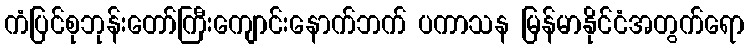
ကံပြင်စုဘုန်းတော်ကြီးကျောင်းနောက်ဘက် ပကာသန မြန်မာနိုင်ငံအတွက်ရော